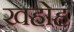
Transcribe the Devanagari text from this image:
खहोह